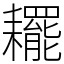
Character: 䎱